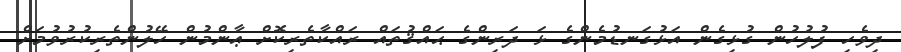
ދިވެހި ފުލުހުން ގުޅިގެން އަޅުގަނޑުމެންގެ ޅަ ދަރިންގެ ޙައްޤުތައް ރައްކާތެރިކޮށް ޢާންމުން ހޭލުންތެރިކުރުވުމަށް